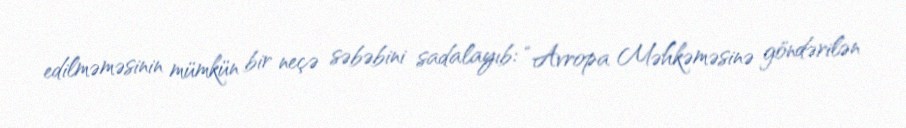
edilməməsinin mümkün bir neçə səbəbini sadalayıb: “Avropa Məhkəməsinə göndərilən